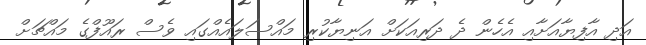
އަދި އާފިޔާއަށާއި އެހެން ދެ ދަރިއަކަށް އަނިޔާކުރި މައްސަލައެއްގައި ވެސް ރައޫފްގެ މައްޗަށް